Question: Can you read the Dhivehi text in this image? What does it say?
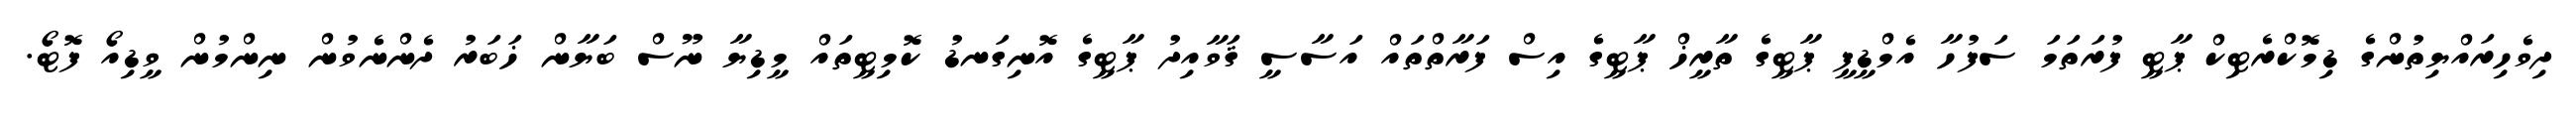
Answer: ދިވެހިރައްޔިތުންގެ ޑިމޮކްރެޓިކް ޕާޓީ ފުރަތަމަ ސަފުހާ އެމްޑީޕީ ޕާޓީގެ ތާރީޚް ޕާޓީގެ އިސް ފަރާތްތައް އަސާސީ ޤަވާއިދު ޕާޓީގެ އޮނިގަނޑު ކޮމިޓީތައް މީޑިޔާ ނޫސް ބަޔާން ޚަބަރު ދެންނެވުން ނިންމުން ވީޑިއޯ ފޮޓޯ.